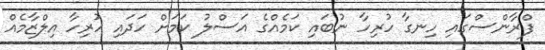
ފްރާންސްގައި ހިނގާ ހުރިހާ ނުބައި ކަމެއްގެ އަސްލު ކަމަށް ހަދައި ހުރިހާ އިލްޒާމެއް